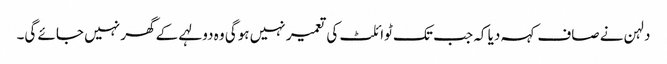
دلہن نے صاف کہہ دیا کہ جب تک ٹوائلٹ کی تعمیر نہیں ہوگی وہ دولہے کے گھر نہیں جائے گی۔